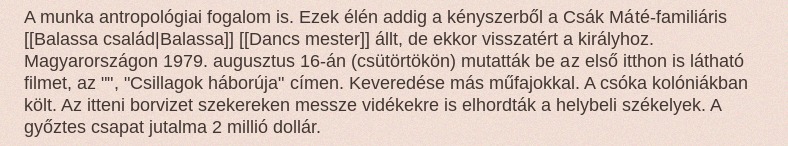
A munka antropológiai fogalom is. Ezek élén addig a kényszerből a Csák Máté-familiáris [[Balassa család|Balassa]] [[Dancs mester]] állt, de ekkor visszatért a királyhoz. Magyarországon 1979. augusztus 16-án (csütörtökön) mutatták be az első itthon is látható filmet, az "", "Csillagok háborúja" címen. Keveredése más műfajokkal. A csóka kolóniákban költ. Az itteni borvizet szekereken messze vidékekre is elhordták a helybeli székelyek. A győztes csapat jutalma 2 millió dollár.